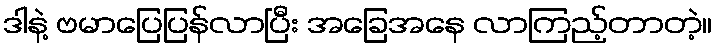
ဒါနဲ့ ဗမာပြေပြန်လာပြီး အခြေအနေ လာကြည့်တာတဲ့။